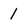
Character: 1